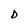
Character: D